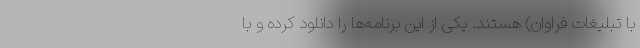
با تبلیغات فراوان)‌ هستند. یکی از این برنامه‌ها را دانلود کرده و با